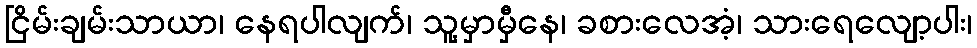
ငြိမ်းချမ်းသာယာ၊ နေရပါလျက်၊ သူ့မှာမှီနေ၊ ခစားလေအံ့၊ သားရေလျော့ပါး၊